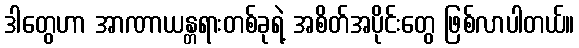
ဒါတွေဟာ အာဏာယန္တရားတစ်ခုရဲ့ အစိတ်အပိုင်းတွေ ဖြစ်လာပါတယ်။